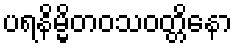
ပရနိမ္မိတဝသဝတ္တိနော